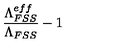
\frac { \Lambda _ { F S S } ^ { e f f } } { \Lambda _ { F S S } } - 1